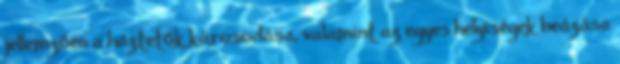
jellemzően a háztetők károsodása, valamint az egyes helyiségek beázása